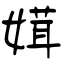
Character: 媶